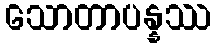
သောတာပန္နဿ